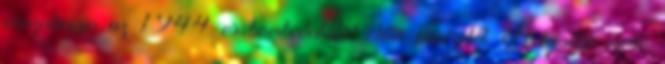
visszakapja az 1944-es bombatalálat előtti kinézetét. A később mellé